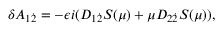
\delta A _ { 1 { \dot { 2 } } } = - \epsilon i ( { \cal D } _ { 1 { \dot { 2 } } } S ( \mu ) + \mu { \cal D } _ { 2 { \dot { 2 } } } S ( \mu ) ) ,